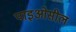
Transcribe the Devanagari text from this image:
पाइओसील